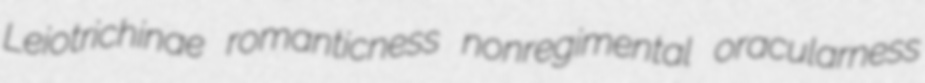
Leiotrichinae romanticness nonregimental oracularness